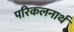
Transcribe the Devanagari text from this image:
परिकलनार्थ